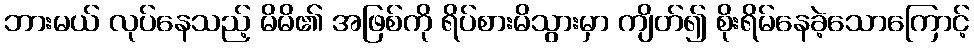
ဘားမယ် လုပ်နေသည့် မိမိ၏ အဖြစ်ကို ရိပ်စားမိသွားမှာ ကျိတ်၍ စိုးရိမ်နေခဲ့သောကြောင့်